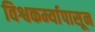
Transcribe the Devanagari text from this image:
विश्वकर्म्यापासून